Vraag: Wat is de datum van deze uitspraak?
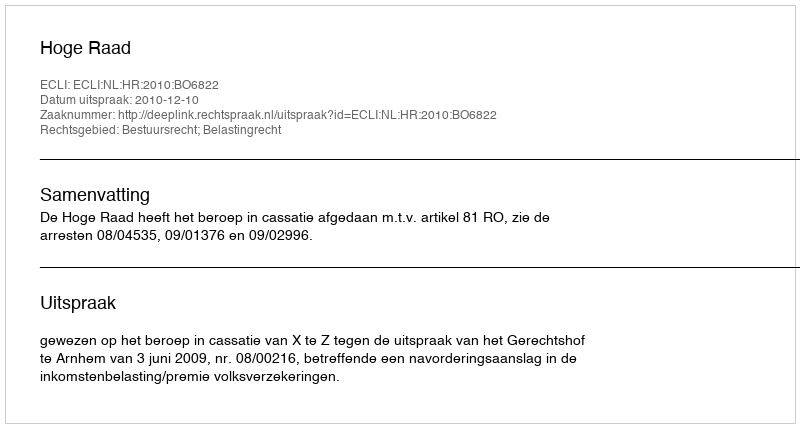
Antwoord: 2010-12-10